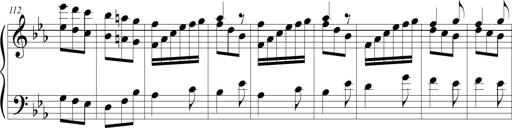
Title: Tiny Tina
Composer: Michel Rondeau
Key: E-flat major